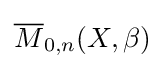
{\overline {M}}_{0,n}(X,\beta )